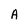
Character: A